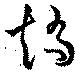
矯